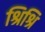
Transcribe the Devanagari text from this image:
श्रिश्रि